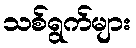
သစ်ရွက်များ